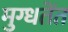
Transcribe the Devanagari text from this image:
मुग्धतेंत